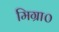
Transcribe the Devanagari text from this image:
मिग्रा०